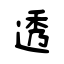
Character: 透